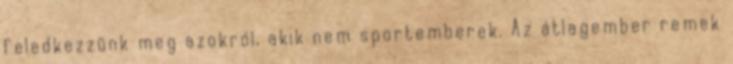
feledkezzünk meg azokról, akik nem sportemberek. Az átlagember remek